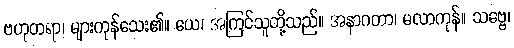
ဗဟုတရာ၊ များကုန်သေး၏။ ယေ၊ အကြင်သူတို့သည်။ အနာဂတာ၊ မလာကုန်။ သဗ္ဗေ၊